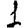
Digit: 1